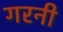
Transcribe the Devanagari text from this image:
गरनी